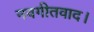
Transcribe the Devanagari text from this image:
नवगीतवाद।